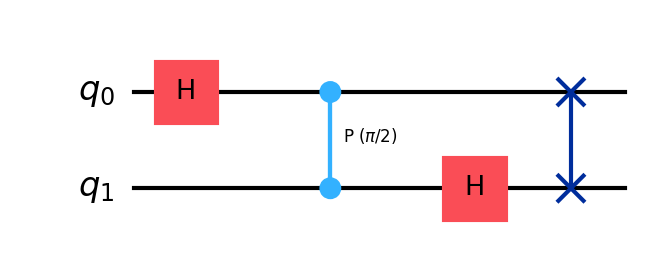
Description: 2-qubit Quantum Fourier Transform
描述: 2量子比特量子傅里叶变换
Category: intermediate (difficulty: intermediate)
Qubits: 2, circuit depth: 4

Braket implementation:
import math
from braket.circuits import Circuit
circuit = Circuit().h(0).cphaseshift(0, 1, math.pi/2).h(1).swap(0, 1)